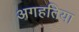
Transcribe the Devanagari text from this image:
अगहतिया